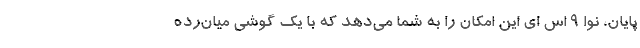
پایان، نوا 9 اس ای این امکان را به شما می‌دهد که با یک گوشی میان‌رده